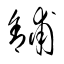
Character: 舖